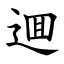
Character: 逥